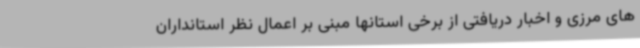
های مرزی و اخبار دریافتی از برخی استانها مبنی بر اعمال نظر استانداران